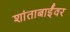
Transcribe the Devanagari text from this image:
शांताबाईंवर